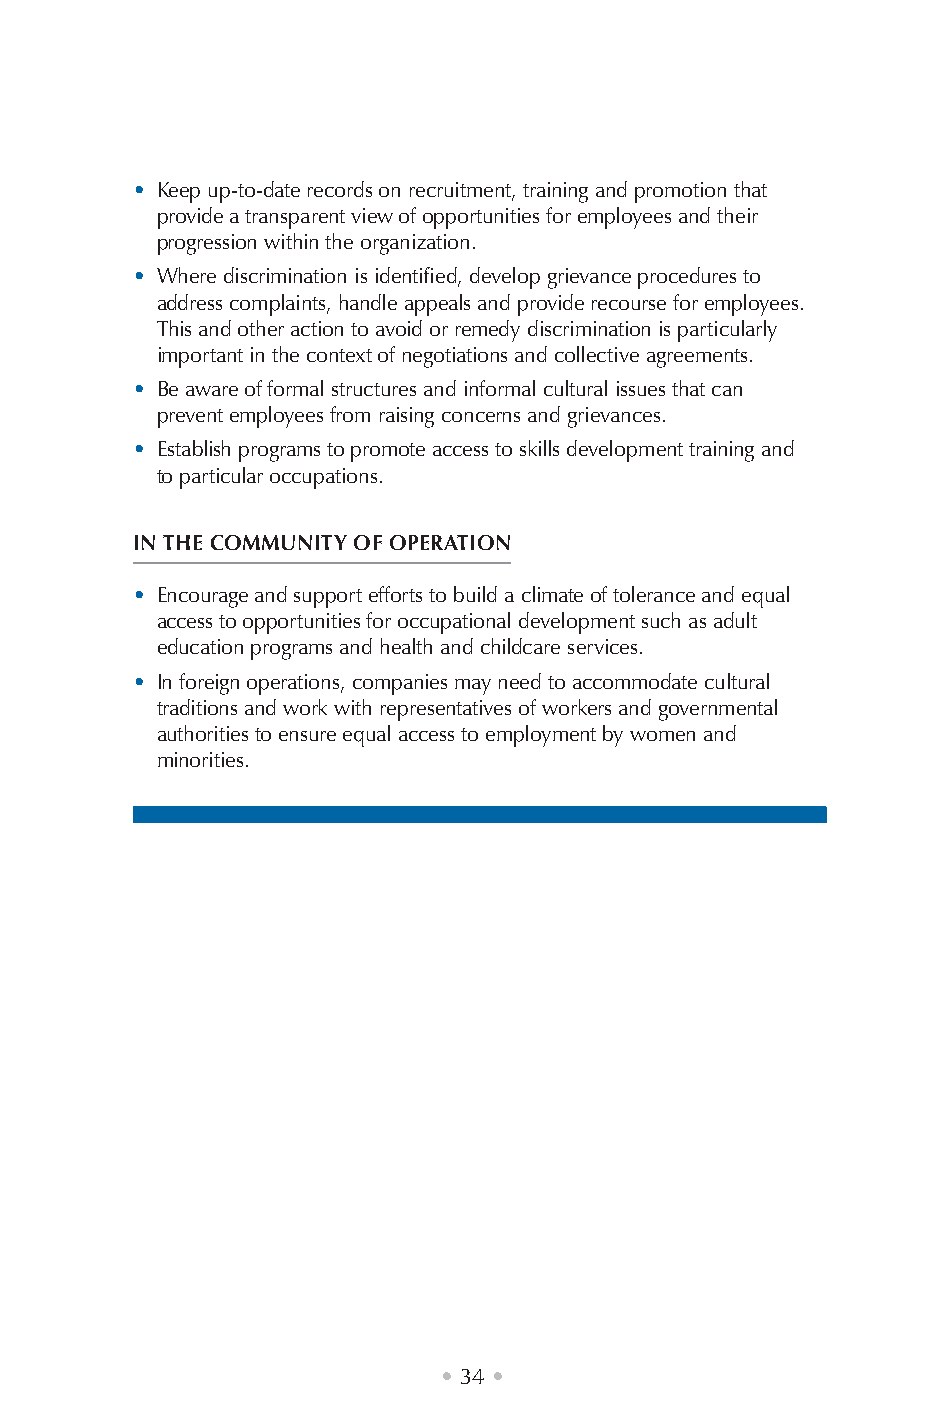
• Keep up-to-date records on recruitment, training and promotion that
 provide a transparent view of opportunities for employees and their
 progression within the organization.
 • Where discrimination is identified, develop grievance procedures to
 address complaints, handle appeals and provide recourse for employees.
 This and other action to avoid or remedy discrimination is particularly
 important in the context of negotiations and collective agreements.
 • Be aware of formal structures and informal cultural issues that can
 prevent employees from raising concerns and grievances.
 • Establish programs to promote access to skills development training and
 to particular occupations.
 IN THE COMMUNITY OF OPERATION
 • Encourage and support efforts to build a climate of tolerance and equal
 access to opportunities for occupational development such as adult
 education programs and health and childcare services.
 • In foreign operations, companies may need to accommodate cultural
 traditions and work with representatives of workers and governmental
 authorities to ensure equal access to employment by women and
 minorities.
 • 34 •